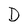
Character: D